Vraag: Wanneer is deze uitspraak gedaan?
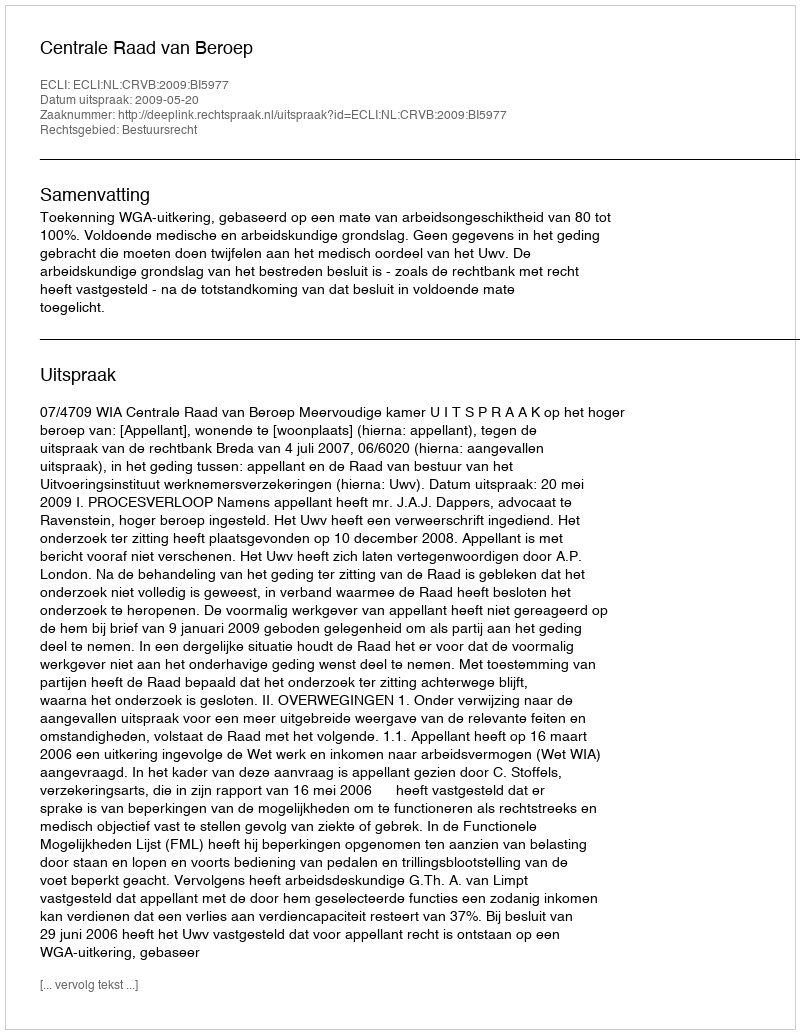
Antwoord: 2009-05-20